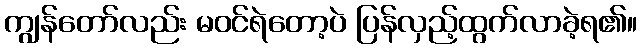
ကျွန်တော်လည်း မဝင်ရဲတော့ပဲ ပြန်လှည့်ထွက်လာခဲ့ရ၏။